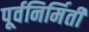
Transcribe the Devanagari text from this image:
पूर्वनिर्मिती